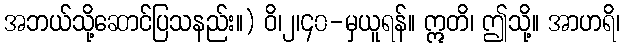
အဘယ်သို့ဆောင်ပြသနည်း။) ဝိ၊၂၊၄၀-မှယူရန်။ ဣတိ၊ ဤသို့။ အာဟရိ၊